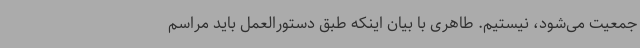
جمعیت می‌شود، نیستیم. طاهری با بیان اینکه طبق دستورالعمل باید مراسم